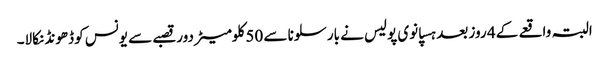
البتہ واقعے کے 4 روز بعد ہسپانوی پولیس نے بارسلونا سے 50 کلومیٹر دور قصبے سے یونس کو ڈھونڈ نکالا۔